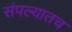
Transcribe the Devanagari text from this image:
संपल्यातच